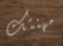
مهنتك